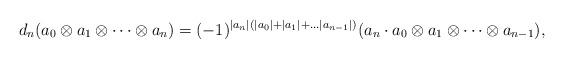
LaTeX: \begin{align*} d_n(a_0\otimes a_1 \otimes \dots \otimes a_n)=(-1)^{|a_n|(|a_0|+|a_1|+\dots |a_{n-1}|)}(a_n \cdot a_0 \otimes a_1 \otimes \dots \otimes a_{n-1}),\end{align*}